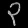
Digit: ၃